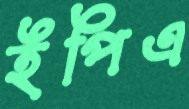
ইপিএ